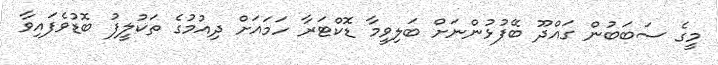
މީގެ ސަބަބުން ގައްދޫ ބޭފުޅުންނަށް ބަލިވީމާ ޑޮކްޓަރާ ހަމައަށް ދިއުމުގެ ތަކުލީފު ބޮޑުވެފައިވާ